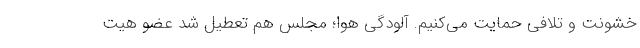
خشونت و تلافی حمایت می‌کنیم. آلودگی هوا؛ مجلس هم تعطیل شد عضو هیت